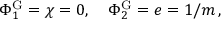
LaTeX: \Phi _ { 1 } ^ { \mathrm { G } } = \chi = 0 , \, \, \, \, \, \, \Phi _ { 2 } ^ { \mathrm { G } } = e = 1 / m \, ,